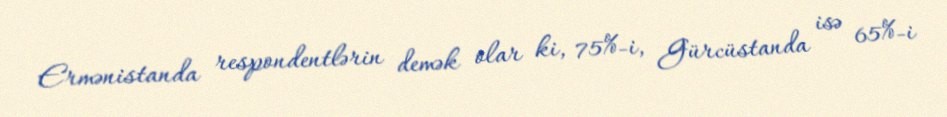
Ermənistanda respondentlərin demək olar ki, 75%-i, Gürcüstanda isə 65%-i